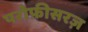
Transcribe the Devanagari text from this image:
परोफ़ीसरज़